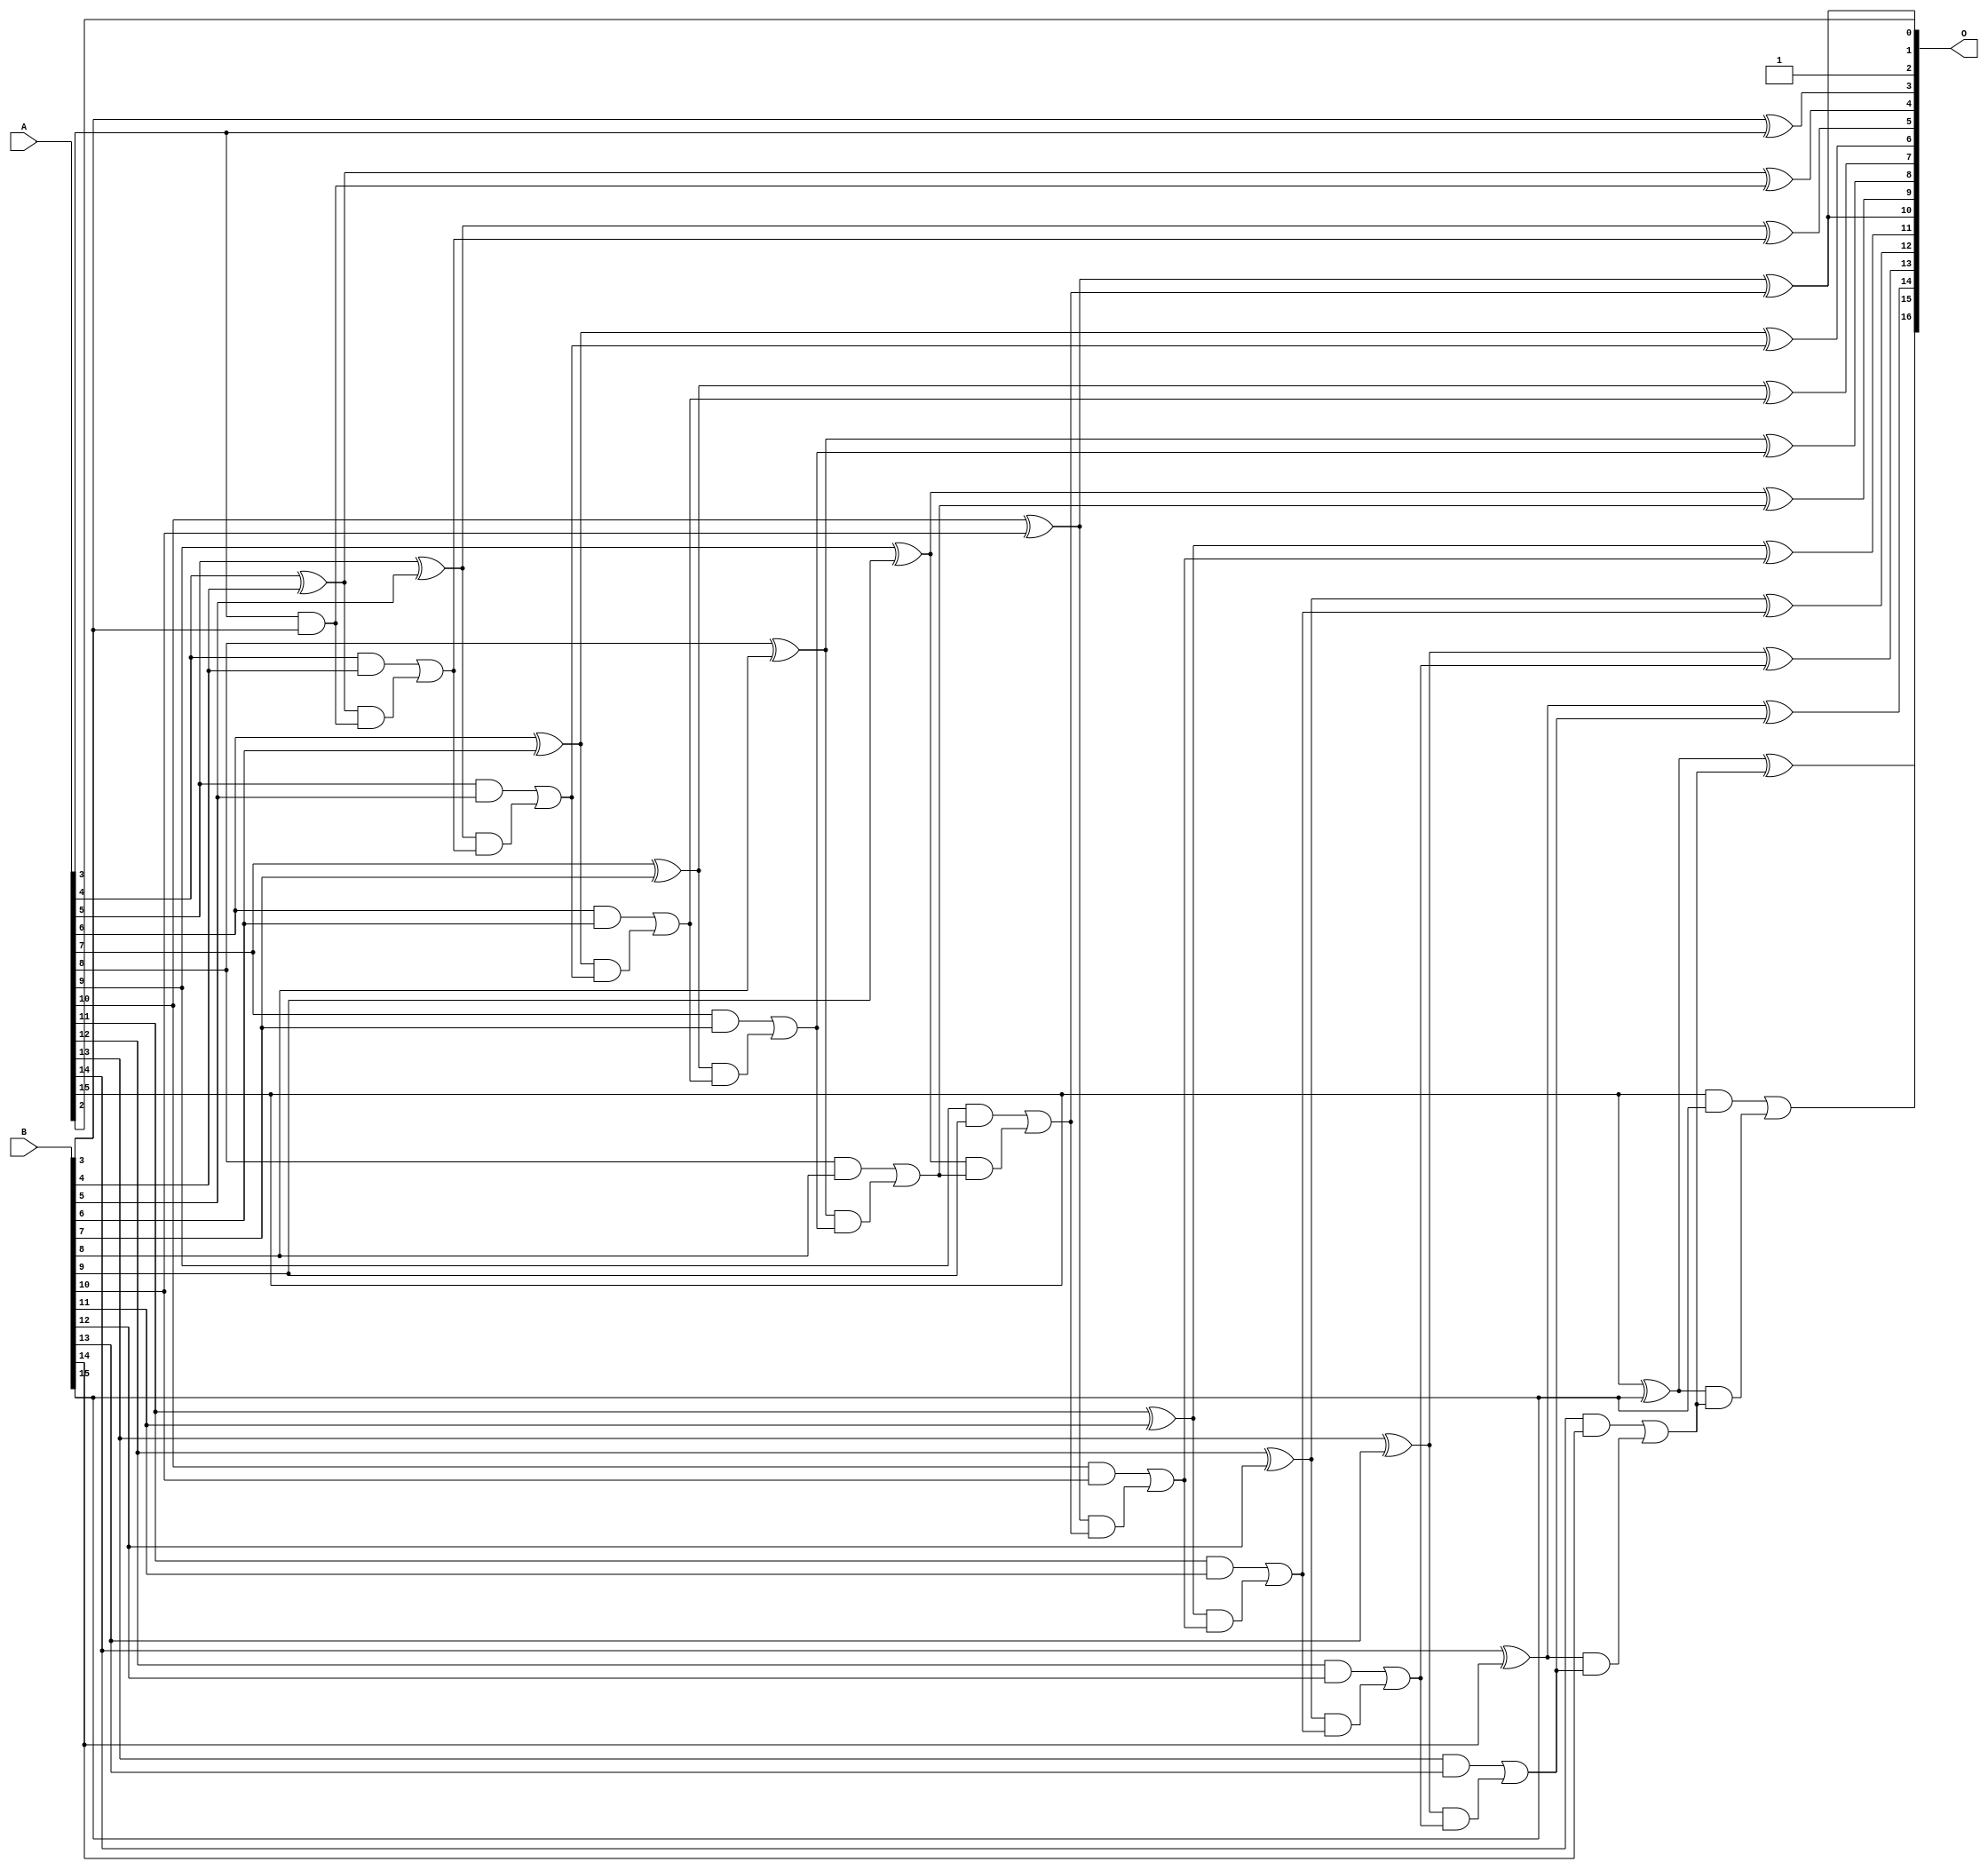
// This program was cloned from: https://github.com/ehw-fit/evoapproxlib
// License: MIT License

/***
* This code is a part of EvoApproxLib library (ehw.fit.vutbr.cz/approxlib) distributed under The MIT License.
* When used, please cite the following article(s):  
* This file contains a circuit from a sub-set of pareto optimal circuits with respect to the pwr and mre parameters
***/
// MAE% = 0.002 %
// MAE = 2.6 
// WCE% = 0.0061 %
// WCE = 8.0 
// WCRE% = 300.00 %
// EP% = 88.28 %
// MRE% = 0.0054 %
// MSE = 10 
// PDK45_PWR = 0.057 mW
// PDK45_AREA = 115.0 um2
// PDK45_DELAY = 1.04 ns


module add16u_0NK(A, B, O);
  input [15:0] A, B;
  output [16:0] O;
  wire sig_45, sig_48, sig_49, sig_50, sig_51, sig_53;
  wire sig_54, sig_55, sig_56, sig_58, sig_59, sig_60;
  wire sig_61, sig_63, sig_64, sig_65, sig_66, sig_68;
  wire sig_69, sig_70, sig_71, sig_73, sig_74, sig_75;
  wire sig_76, sig_78, sig_79, sig_80, sig_81, sig_83;
  wire sig_84, sig_85, sig_86, sig_88, sig_89, sig_90;
  wire sig_91, sig_93, sig_94, sig_95, sig_96, sig_98;
  wire sig_99, sig_100, sig_101, sig_103, sig_104, sig_105;
  wire sig_106;
  assign O[3] = B[3] ^ A[3];
  assign sig_45 = A[3] & B[3];
  assign O[2] = 1'b1;
  assign sig_48 = sig_45;
  assign sig_49 = A[4] ^ B[4];
  assign sig_50 = A[4] & B[4];
  assign sig_51 = sig_49 & sig_48;
  assign O[4] = sig_49 ^ sig_48;
  assign sig_53 = sig_50 | sig_51;
  assign sig_54 = A[5] ^ B[5];
  assign sig_55 = A[5] & B[5];
  assign sig_56 = sig_54 & sig_53;
  assign O[5] = sig_54 ^ sig_53;
  assign sig_58 = sig_55 | sig_56;
  assign sig_59 = A[6] ^ B[6];
  assign sig_60 = A[6] & B[6];
  assign sig_61 = sig_59 & sig_58;
  assign O[6] = sig_59 ^ sig_58;
  assign sig_63 = sig_60 | sig_61;
  assign sig_64 = A[7] ^ B[7];
  assign sig_65 = A[7] & B[7];
  assign sig_66 = sig_64 & sig_63;
  assign O[7] = sig_64 ^ sig_63;
  assign sig_68 = sig_65 | sig_66;
  assign sig_69 = A[8] ^ B[8];
  assign sig_70 = A[8] & B[8];
  assign sig_71 = sig_69 & sig_68;
  assign O[8] = sig_69 ^ sig_68;
  assign sig_73 = sig_70 | sig_71;
  assign sig_74 = A[9] ^ B[9];
  assign sig_75 = A[9] & B[9];
  assign sig_76 = sig_74 & sig_73;
  assign O[9] = sig_74 ^ sig_73;
  assign sig_78 = sig_75 | sig_76;
  assign sig_79 = A[10] ^ B[10];
  assign sig_80 = A[10] & B[10];
  assign sig_81 = sig_79 & sig_78;
  assign O[0] = sig_79 ^ sig_78;
  assign sig_83 = sig_80 | sig_81;
  assign sig_84 = A[11] ^ B[11];
  assign sig_85 = A[11] & B[11];
  assign sig_86 = sig_84 & sig_83;
  assign O[11] = sig_84 ^ sig_83;
  assign sig_88 = sig_85 | sig_86;
  assign sig_89 = A[12] ^ B[12];
  assign sig_90 = A[12] & B[12];
  assign sig_91 = sig_89 & sig_88;
  assign O[12] = sig_89 ^ sig_88;
  assign sig_93 = sig_90 | sig_91;
  assign sig_94 = A[13] ^ B[13];
  assign sig_95 = A[13] & B[13];
  assign sig_96 = sig_94 & sig_93;
  assign O[13] = sig_94 ^ sig_93;
  assign sig_98 = sig_95 | sig_96;
  assign sig_99 = A[14] ^ B[14];
  assign sig_100 = A[14] & B[14];
  assign sig_101 = sig_99 & sig_98;
  assign O[14] = sig_99 ^ sig_98;
  assign sig_103 = sig_100 | sig_101;
  assign sig_104 = A[15] ^ B[15];
  assign sig_105 = A[15] & B[15];
  assign sig_106 = sig_104 & sig_103;
  assign O[15] = sig_104 ^ sig_103;
  assign O[16] = sig_105 | sig_106;
  assign O[1] = A[2];
  assign O[10] = O[0];
endmodule